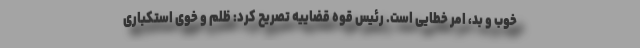
خوب و بد، امر خطایی است. رئیس قوه قضاییه تصریح کرد: ظلم و خوی استکباری